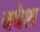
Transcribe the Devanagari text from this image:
क्वेश